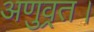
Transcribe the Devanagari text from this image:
अणुव्रत।